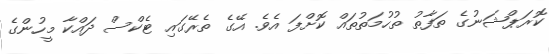
ކޮރަޕްޝަނުގެ ތަފާތު ތުހުމަތުތައް ކޮށްފަ އެވެ. އޭގެ ތެރޭގައި ޓެކްސް ދައްކާ މީހުންގެ